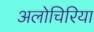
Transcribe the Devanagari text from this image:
अलोचिरिया